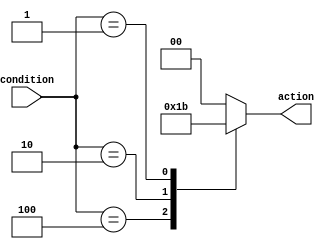
module priority_case_statement(
    input wire [2:0] condition,
    output reg [1:0] action
);

always @(*) begin
    case (condition)
        3'b100: action = 2'b01;
        3'b010: action = 2'b10;
        3'b001: action = 2'b11;
        default: action = 2'b00;
    endcase
end

endmodule